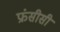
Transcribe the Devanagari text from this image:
फ्रंसीसी